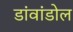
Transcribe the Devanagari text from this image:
डांवांडोल